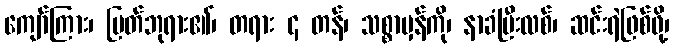
ကျော်ကြား၊ မြတ်ဘုရား၏၊ တရား ၄ တန်၊ သစ္စာမှန်ကို၊ နာခံပြီးလစ်၊ ဆင်းရဲဖြစ်ဖို့၊